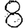
Digit: 8